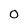
Character: 0